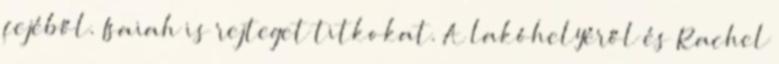
fejéből. Isaiah is rejteget titkokat. A lakóhelyéről és Rachel